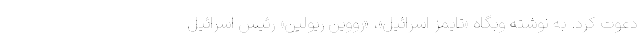
دعوت کرد. به نوشته وبگاه «تایمز اسرائیل»، «رووین ریولین» رئیس اسرائیل